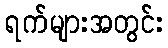
ရက်များအတွင်း